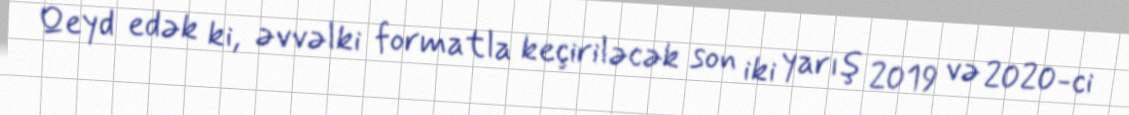
Qeyd edək ki, əvvəlki formatla keçiriləcək son iki yarış 2019 və 2020-ci